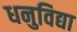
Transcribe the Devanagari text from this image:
धनुविद्या